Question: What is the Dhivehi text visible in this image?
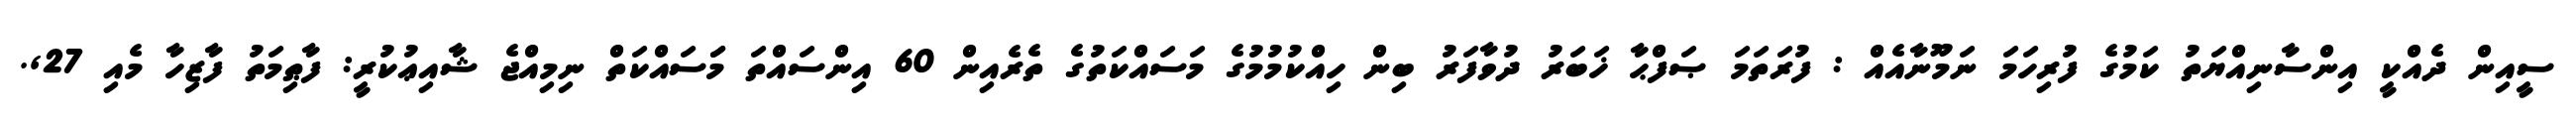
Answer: ސީއިން ދެއްކީ އިންސާނިއްޔަތު ކަމުގެ ފުރިހަމަ ނަމޫނާއެއް : ފުރަތަމަ ޞަފްޙާ ޚަބަރު ދުވާފަރު ބިން ހިއްކުމުމުގެ މަސައްކަތުގެ ތެރެއިން 60 އިންސައްތަ މަަސައްކަތް ނިމިއްޖެ ޝާއިޢުކުރީ: ފާޠިމަތު ފާޒިހާ މެއި 27,.